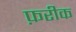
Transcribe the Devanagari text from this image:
फ़रीक